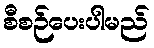
စီစဉ်ပေးပါမည်